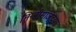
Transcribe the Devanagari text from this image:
तिन्हीसांजेच्या